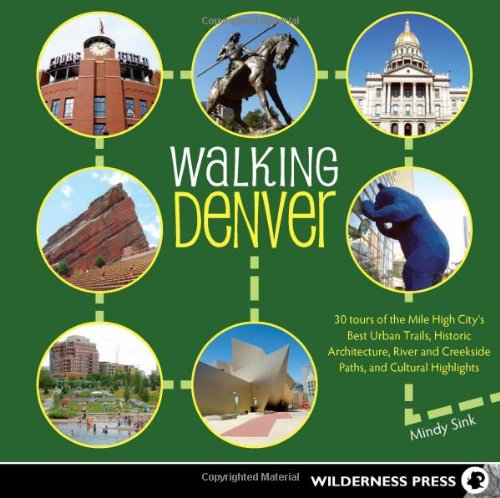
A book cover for Walking Denver: 30 Tours of the Mile-High CityEEs Best Urban Trails, Historic Architecture,  River and Creekside Paths, and Cultural Highlights; MIndy Sink; Health, Fitness & Dieting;